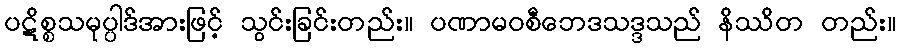
ပဋိစ္စသမုပ္ပါဒ်အားဖြင့် သွင်းခြင်းတည်း။ ပဏာမဝစီဘေဒသဒ္ဒသည် နိဿိတ တည်း။